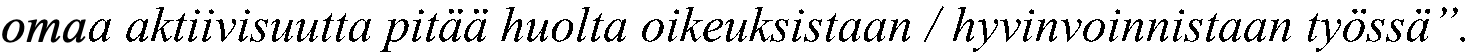
omaa aktiivisuutta pitää huolta oikeuksistaan / hyvinvoinnistaan työssä”.